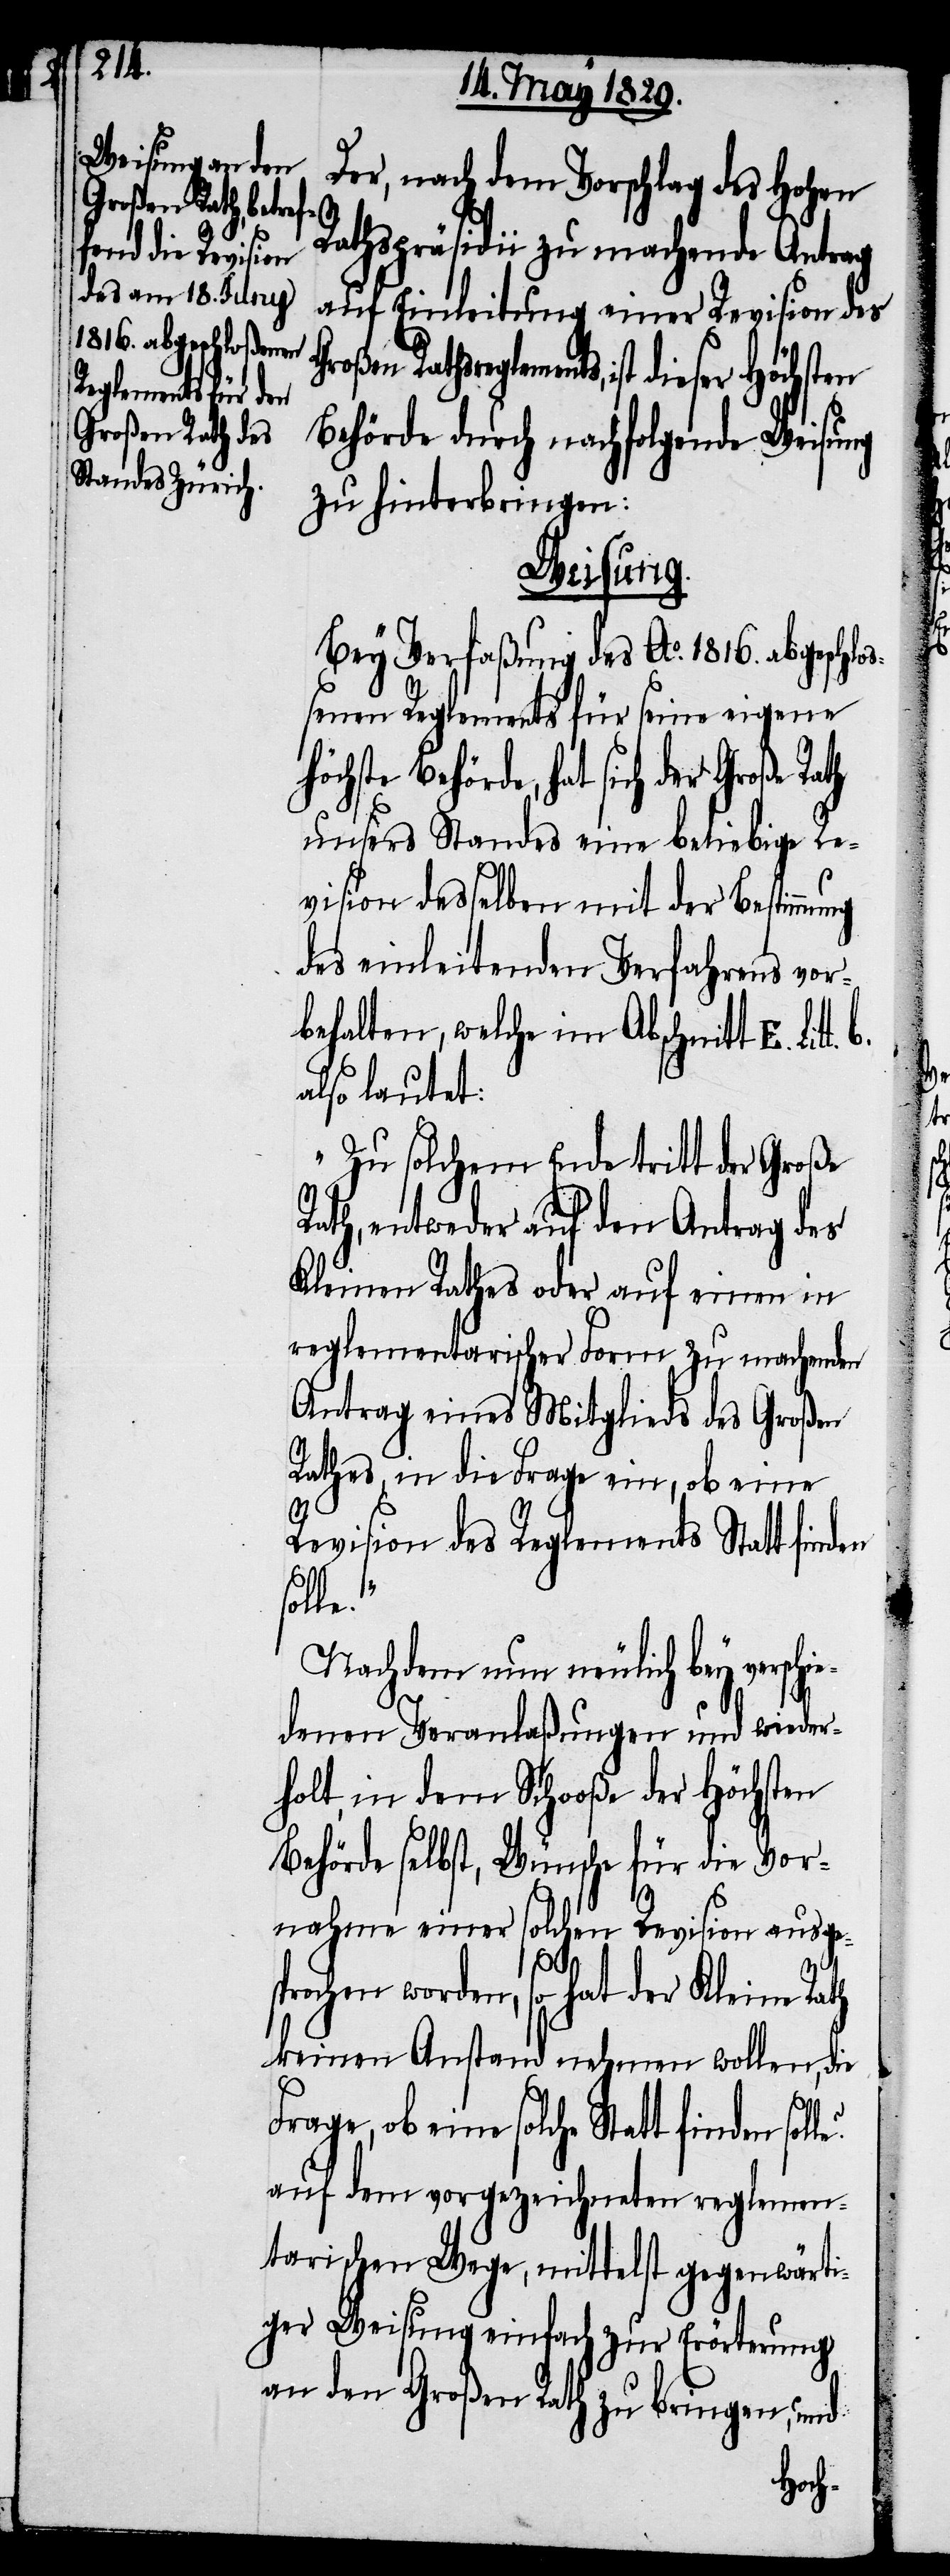
Der, nach dem Vorschlag des Hohen
Großen Rathsr¬
Rathspräsidii zu machende Antrag
auf Einleitung einer Revision des
eglements, ist dieser Höchsten
Behörde durch nachfolgende Weisung
zu hinterbringen:
Weisung.
Bey Verfaßung des Ao. 1816. abgeschlo¬
ßenen Reglements für seine eigene
h der Große Rath
unsers Standes eine beliebige Re¬
vision desselben mit der Bestimmung
des einleitenden Verfahrens vor¬
behalten, welche im Abschnitt E.
also lautet:
„Zu solchem Ende tritt der Große
Rath, entweder auf den Antrag des
Kleinen Rathes oder auf einen in
reglementarischer Form zu machenden
Antrag eines Mitglieds des Großen
Rathes, in die Frage ein, ob eine
Revision des Reglements Statt finden
solle?
Nachdem nun neulich bey verschi¬
edenen Veranlaßungen und wieder¬
holt, in dem Schooße der Höchsten
Behörde selbst, Wünsche für die Vor¬
b.
nahme einer
solchen Revision ausge¬
s¬
sprochen worden, so hat der Kleine Rath
keinen Anstand nehmen wollen, die
Frage, ob eine solche Statt finden
auf dem vorgezeichneten reglemen¬
tarischen Wege, mittelst gegenwärti¬
ger Weisung einfach zur Erörterung
an den Großen Rath zu bringen, und